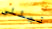
نيللي